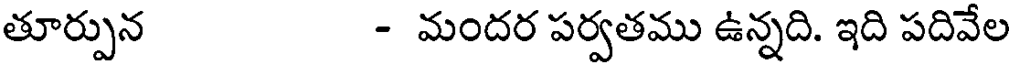
తూర్పున - మందర పర్వతము ఉన్నది. ఇది పదివేల